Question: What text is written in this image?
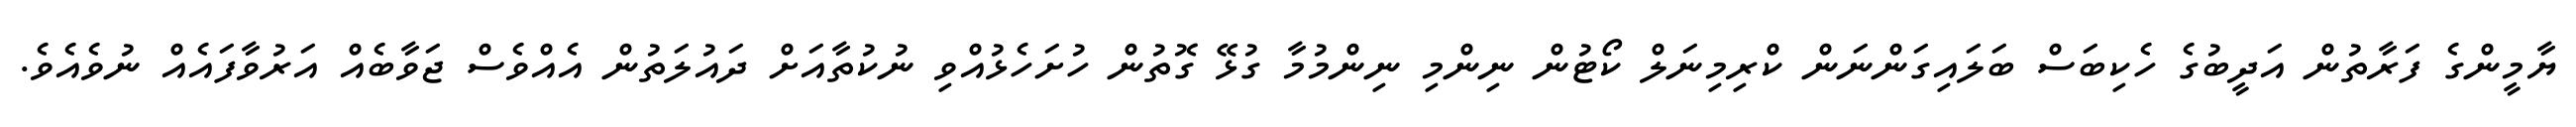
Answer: ޔާމީންގެ ފަރާތުން އަދީބުގެ ހެކިބަސް ބަލައިގަންނަން ކްރިމިނަލް ކޯޓުން ނިންމި ނިންމުމާ ގުޅޭ ގޮތުން ހުށަހެޅުއްވި ނުކުތާއަށް ދައުލަތުން އެއްވެސް ޖަވާބެއް އަރުވާފައެއް ނުވެއެވެ.